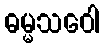
ဓမ္မသဝေါ